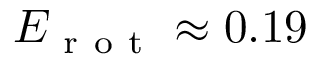
E _ { \mathrm { ~ r ~ o ~ t ~ } } \approx 0 . 1 9